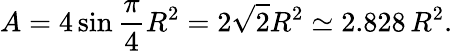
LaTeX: A=4\sin{\frac{\pi}{4}}R^{2}=2{\sqrt{2}}R^{2}\simeq 2.828\, R^{2}.